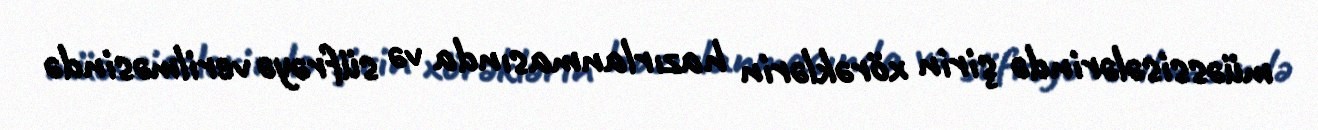
müəssisələrində şirin xörəklərin hazırlanmasında və süfrəyə verilməsində